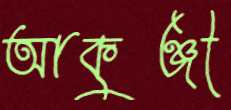
আকুঞ্জী